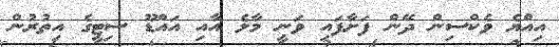
އިއްޔެ ވެކްސިން ދޭން ފަށާފައި ވަނީ މާލެ އާއި އައްޑޫ ސިޓީގެ އިތުރުން